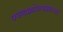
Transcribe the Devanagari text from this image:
पञ्चक्रोशमहत्तरम।